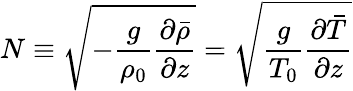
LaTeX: N\equiv\sqrt{-\frac{g}{\rho_{0}}\frac{\partial\bar{\rho}}{\partial z}}=\sqrt{\frac{g}{T_{0}}\frac{\partial\bar{T}}{\partial z}}